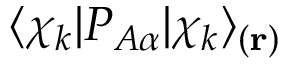
\langle \chi _ { k } | P _ { A \alpha } | \chi _ { k } \rangle _ { ( \mathbf { r } ) }